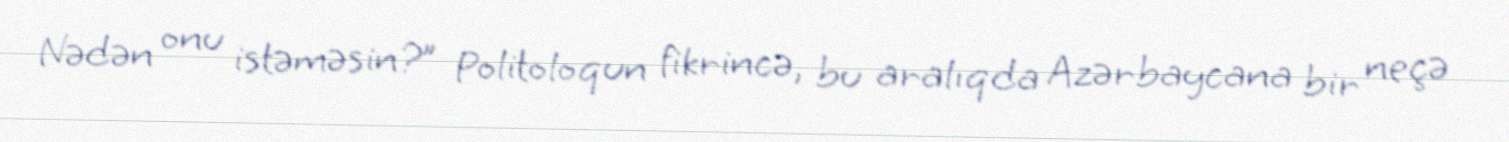
Nədən onu istəməsin?” Politoloqun fikrincə, bu aralıqda Azərbaycana bir neçə